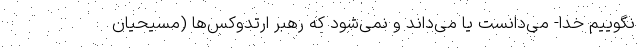
نگوییم خدا- می‌دانست یا می‌داند و نمی‌شود که رهبر ارتدوکس‌ها (مسیحیان